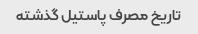
تاریخ مصرف پاستیل گذشته